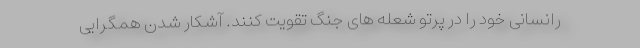
رانسانی خود را در پرتو شعله های جنگ تقویت کنند. آشکار شدن همگرایی